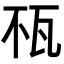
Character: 𤬭